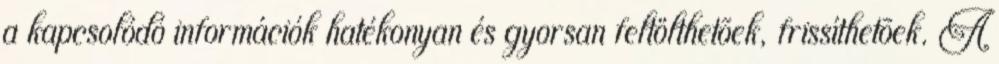
a kapcsolódó információk hatékonyan és gyorsan feltölthetõek, frissíthetõek. A